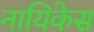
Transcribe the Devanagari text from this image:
नायिकेस